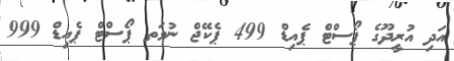
އަދި އުރީދޫގެ ޕޯސްޓް ޕެއިޑް 499 ޕެކޭޖް ނުވަތ ޕޯސްޓް ޕެއިޑް 999